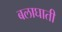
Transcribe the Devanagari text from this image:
बलाघाती